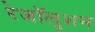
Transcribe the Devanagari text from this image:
रेजॉलूशन